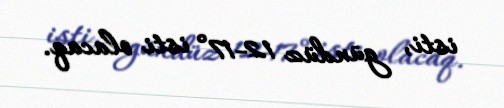
isti, gündüz 12-17° isti olacaq.